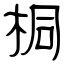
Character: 桐